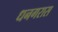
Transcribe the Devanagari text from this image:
धनगरास